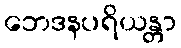
ဘေဒနပရိယန္တာ